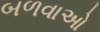
બળવાઓ